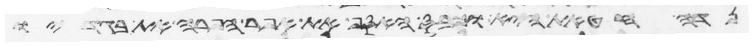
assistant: נדה חטאת היא וכבס האסף את אפר הפרה את בגדיו